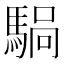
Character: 𫘍